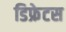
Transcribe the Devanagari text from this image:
डिफ्रेटस